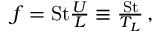
\begin{array} { r } { f = \mathrm { S t } \frac { U } { L } \equiv \frac { \mathrm { S t } } { T _ { L } } \, , } \end{array}